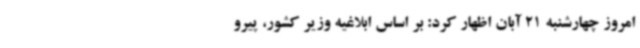
امروز چهارشنبه 21 آبان اظهار کرد: بر اساس ابلاغیه وزیر کشور، پیرو